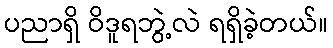
ပညာရှိ ဝိဒူရဘွဲ့လဲ ရရှိခဲ့တယ်။